Leaving Certificate Examination, 1903
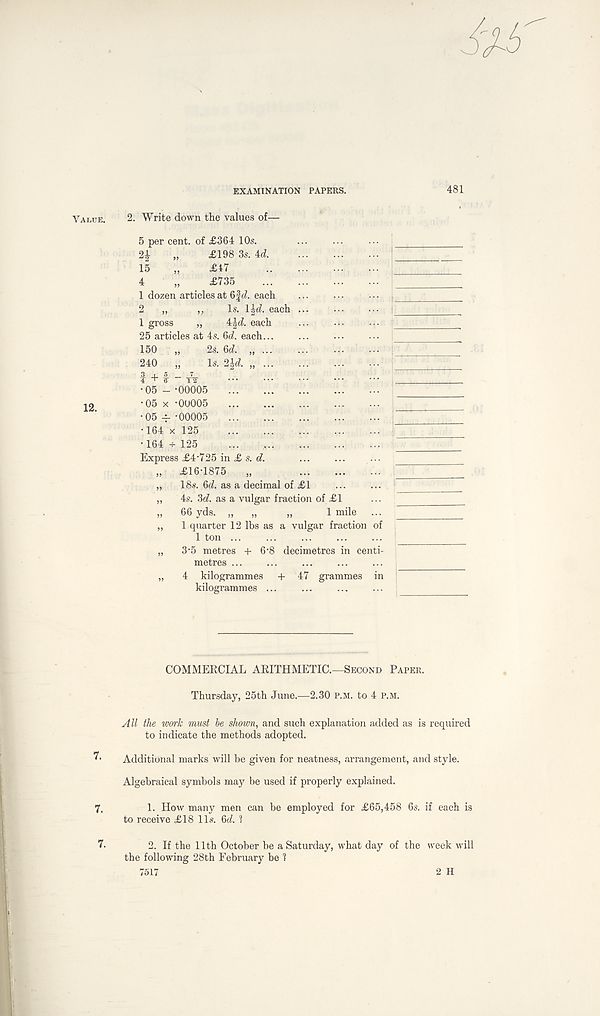
EXAMINATION PAPERS.
481
Value.
12.
7.
7.
2. Write down the values of—
5 per cent, of £364 10s.
2J „ £198 3s. 4d
15 „ £47
4 „ £735
1 dozen articles at 6f each
2 „ „ Is. \\d. each ...
1 gross „ i\d. each
25 articles at 4s. 6c?. each...
150 „ 2s. 6c?. „
240 „ Is. 2| <?. „
I + f “ T2
•05 --00005
•05 x -00005
• 05 -l. ’00005
•164 x 125
•164 j 125
Express £4-725 in £ s. e?.
£16-1875 „
„ 18s. 6c?. as a decimal of £1
„ 4s. 3c?. as a vulgar fraction of £1
„ 66 yds. „ „ „
1 mile
„ 1 quarter 12 lbs as a vulgar fraction of
1 ton
„ 3-5 metres + 6‘8 decimetres in centi-
metres
„ 4 kilogrammes + 47 grammes in
kilogrammes ...
COMMERCIAL ARITHMETIC.—Second Paper.
Thursday, 25th June.—2.30 p.m. to 4 p.m.
All the work must he shown, and such explanation added as is required
to indicate the methods adopted.
Additional marks will be given for neatness, arrangement, and style.
Algebraical symbols may be used if properly explained.
1. How many men can be employed for £65,458 6s. if each is
to receive £18 11s. 6 c?. ?
2. If the 11th October be a Saturday, what day of the week will
the following 28th February be 1
7517
2 H
7.